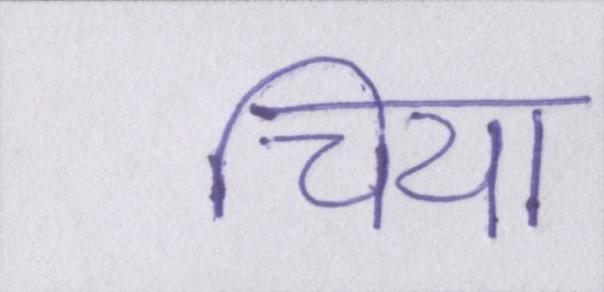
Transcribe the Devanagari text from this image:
चिया